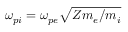
\omega _ { p i } = \omega _ { p e } \sqrt { Z m _ { e } / m _ { i } }